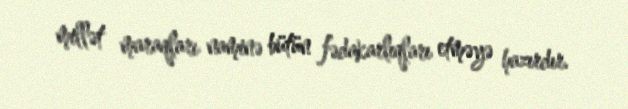
millət maraqları naminə bütün fədakarlıqları etməyə hazırdır.